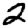
Digit: 2